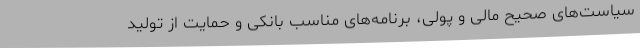
سیاست‌های صحیح مالی و پولی، برنامه‌های مناسب بانکی و حمایت از تولید